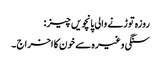
روزہ توڑنے والی پانچویں چیز :
سنگی وغیرہ سے خون کا اخراج ۔